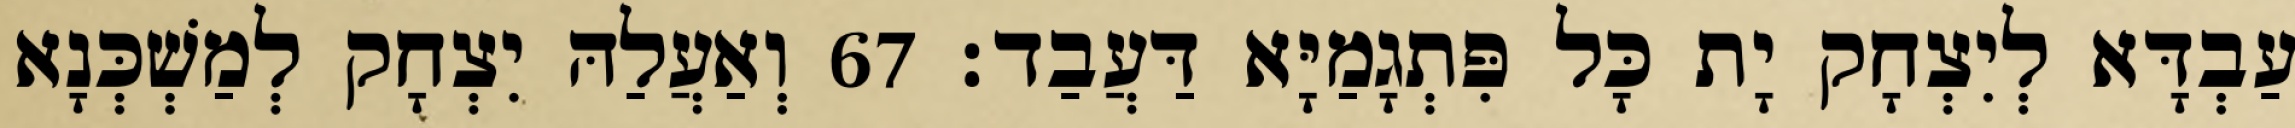
עַבְדָּא לְיִצְחָק יָת כָּל פִּתְגָמַיָּא דַּעֲבַד׃ 67 וְאַעֲלַהּ יִצְחָק לְמַשְׁכְּנָא